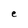
Character: e